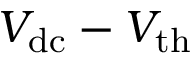
V _ { \mathrm { d c } } - V _ { \mathrm { t h } }